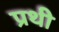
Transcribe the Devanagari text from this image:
प्रथी